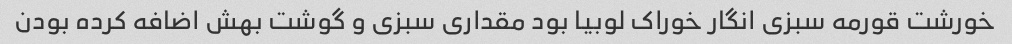
خورشت قورمه سبزی انگار خوراک لوبیا بود مقداری سبزی و گوشت بهش اضافه کرده بودن